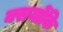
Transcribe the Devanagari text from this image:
क्सयोंकि